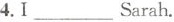
4.I___Sarah.